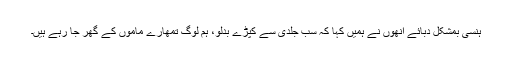
ہنسی بمشکل دبائے انھوں نے ہمیں کہا کہ سب جلدی سے کپڑے بدلو، ہم لوگ تمھارے ماموں کے گھر جا رہے ہیں۔